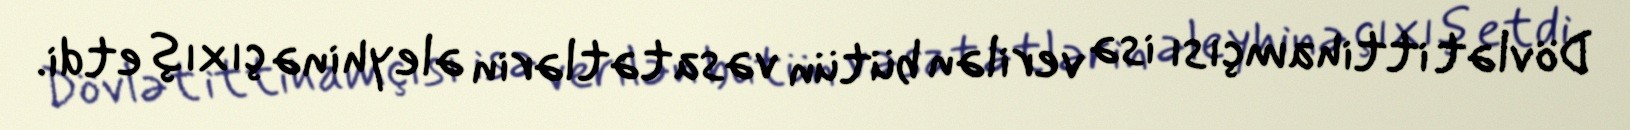
Dövlət ittihamçısı isə verilən bütün vəsatətlərin əleyhinə çıxış etdi.